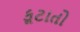
કૂટાતો